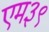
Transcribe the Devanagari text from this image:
एम३९